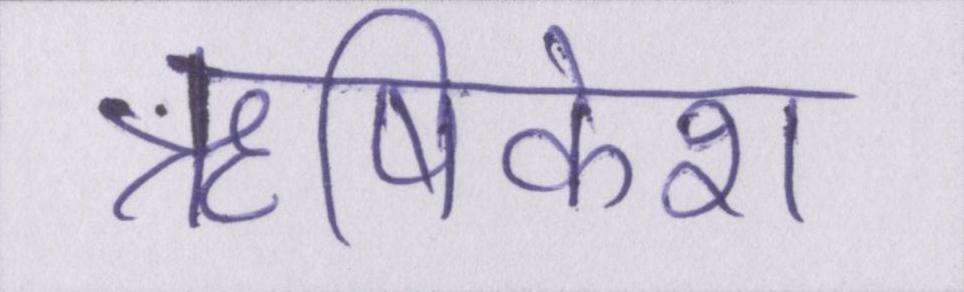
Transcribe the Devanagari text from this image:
ॠषिकेश